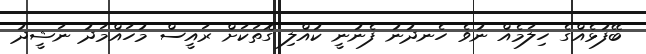
ބޭފުޅެއްގެ ހިލަމެއް ނުވެ ހެނދުނު ފެނުނީ ކުއްލި ގޮތަކަށް ރައީސް މުހައްމަދު ނަޝީދު